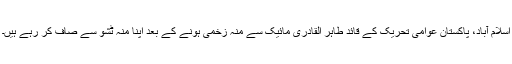
اسلام آباد، پاکستان عوامی تحریک کے قائد طاہر القادری مائیک سے منہ زخمی ہونے کے بعد اپنا منہ ٹشو سے صاف کر رہے ہیں۔